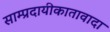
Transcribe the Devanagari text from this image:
साम्प्रदायीकातावादा